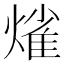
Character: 熦